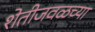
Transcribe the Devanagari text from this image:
शेतीजवळच्या